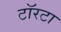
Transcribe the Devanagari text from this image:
टॉरटा